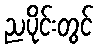
ညပိုင်းတွင်